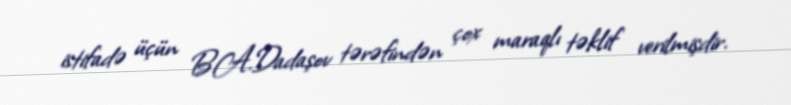
istifadə üçün B.A.Dadaşov tərəfindən çox maraqlı təklif verilmişdir.